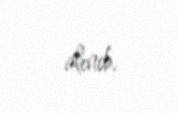
alınıb.